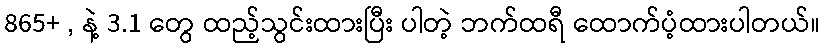
865+ , နဲ့ 3.1 တွေ ထည့်သွင်းထားပြီး ပါတဲ့ ဘက်ထရီ ထောက်ပံ့ထားပါတယ်။